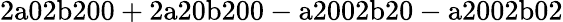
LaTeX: \mathrm{2a02b200+2a20b200-a2002b20-a2002b02}